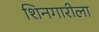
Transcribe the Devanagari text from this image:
शिनगारीला